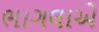
ભાગલાએ